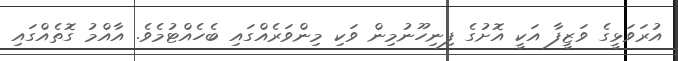
އުރަވަޅީގެ ވަޒީފާ އަކީ އޮށުގެ ފިނިހޫނުމިން ވަކި މިންވަރެއްގައި ބެހެއްޓުމެވެ. އާއްމު ގޮތެއްގައި